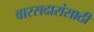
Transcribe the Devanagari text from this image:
वारसदारांसाठी